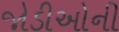
જોડીઓની